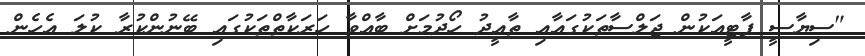
"ސިޔާސީ ޕާޓީއަކުން ޖަލްސާތަކުގައާއި ތާއީދު ހޯދުމަށް ބާއްވާ ހަރަކާތްތަކުގައި ބޭނުންކުރާ ކުލަ އެހެން